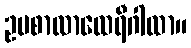
ဥပစာလာထေရီဂါထာ။